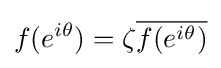
f(e^{i\theta })=\zeta {\overline {f(e^{i\theta })}}